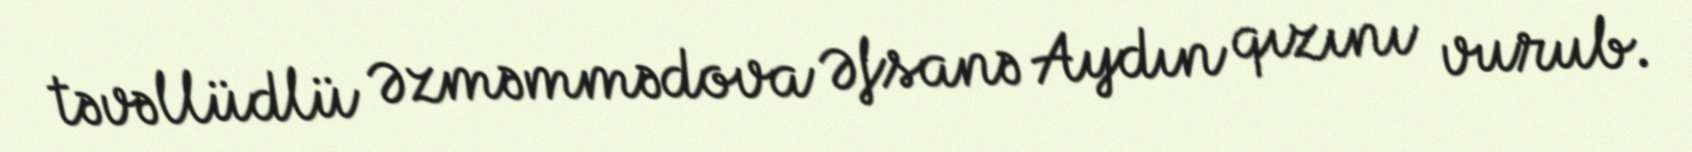
təvəllüdlü Əzməmmədova Əfsanə Aydın qızını vurub.